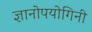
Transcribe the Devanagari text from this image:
ज्ञानोपयोगिनी